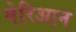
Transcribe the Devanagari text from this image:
मेरिआन